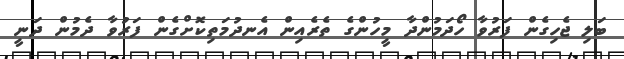
ބަލި ޖެހިގެން ފަރުވާ ހޯދަމުންދާ މީހުންގެ ތެރެއިން އެނދުމަތިކޮށްގެން ފަރުވާ ދެމުން ދަނީ